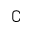
\complement